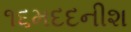
૧૬મદદનીશ